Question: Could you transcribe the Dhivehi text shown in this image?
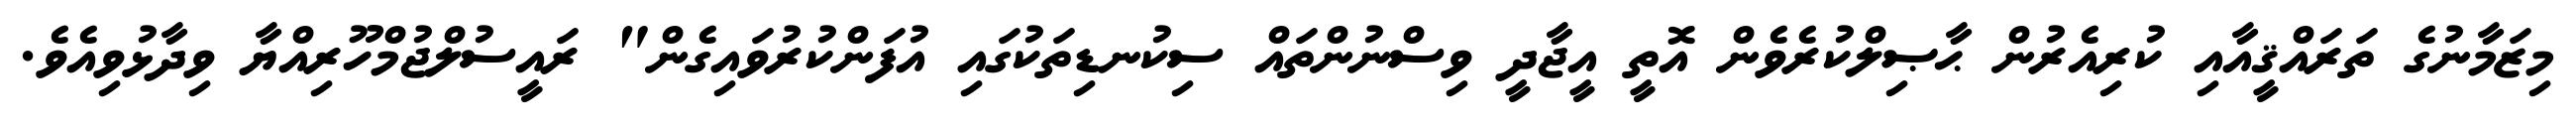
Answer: މިޒަމާނުގެ ތަރައްޤީއާއި ކުރިއެރުން ޙާޞިލްކުރެވެން އޮތީ އީޖާދީ ވިސްނުންތައް ސިކުނޑިތަކުގައި އުފަންކުރުވައިގެން" ރައީސުލްޖުމްހޫރިއްޔާ ވިދާޅުވިއެވެ.